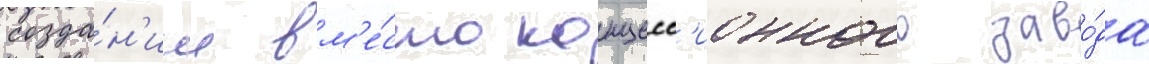
созда́н'ии вм'е́сто концесс'ионного заво́да